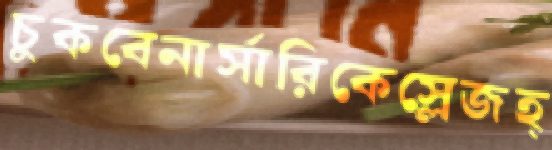
চুকবেনার্সারিকেস্লেজহ্